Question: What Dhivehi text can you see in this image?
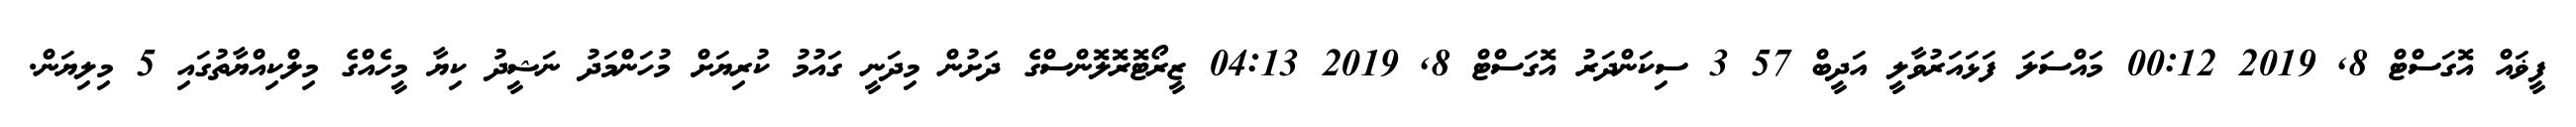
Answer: ފީޥައް އޮގަސްޓް 8, 2019 00:12 މައްސަލަ ފަޅައަރުވާލީ އަދީބް 57 3 ސިކަންދަރު އޮގަސްޓް 8, 2019 04:13 ޒީރޯޓޮރޮލޮންސްގެ ދަށުން މިދަނީ ގައުމު ކުރިޔަށް މުހަންމަދު ނަޝީދު ކިޔާ މީހެއްގެ މިލްކިއްޔާތުގައި 5 މިލިޔަން.